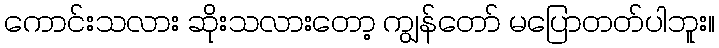
ကောင်းသလား ဆိုးသလားတော့ ကျွန်တော် မပြောတတ်ပါဘူး။